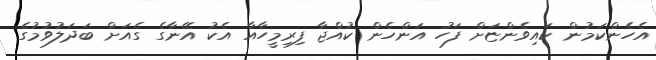
އެހެންކަމުން ކައިވެންޏަށް ފަހު އަންހެން ކުއްޖާ ފިރިމީހާއާ އެކު އޭނާގެ ގެއަށް ބަދަލުވުމުގެ